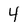
Character: 4